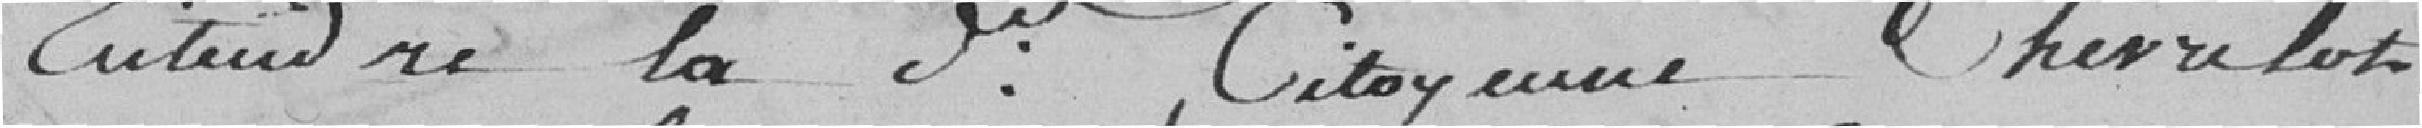
entendre la dite citoyenne Chevrelot